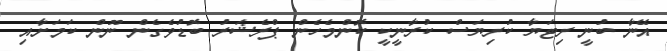
އޭނާ ބުނީ ރިޓަޔާ ކުރިޔަސް ކުރާނީކީ ކޮންމެހެން ޕްރެޝަރު ބޮޑުވެގެން ނޫން ކަމަށާއި